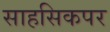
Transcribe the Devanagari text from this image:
साहसिकपर